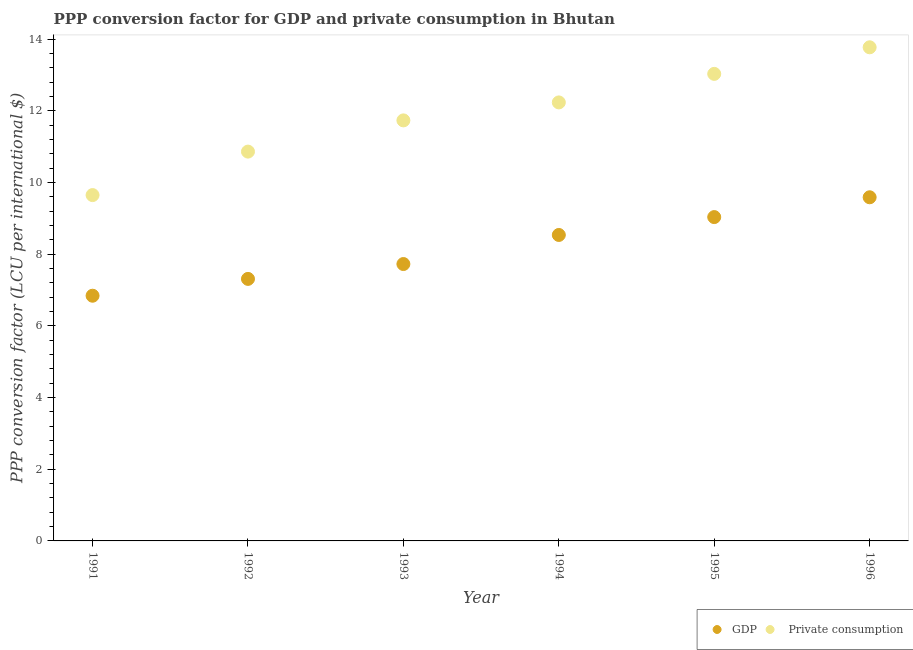
| Year | GDP |  Private consumption |
 | --- | --- | --- |
 | 1991 | 6.84 | 9.65 |
 | 1992 | 7.31 | 10.9 |
 | 1993 | 7.73 | 11.7 |
 | 1994 | 8.54 | 12.2 |
 | 1995 | 9.04 | 13 |
 | 1996 | 9.59 | 13.8 |